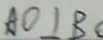
A O \bot B